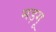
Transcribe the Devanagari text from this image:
मड़गू